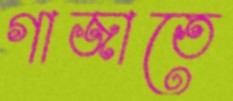
গাজাতে